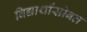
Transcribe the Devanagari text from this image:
विद्यार्थांसोबत